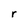
Character: r